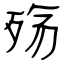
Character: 殇